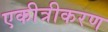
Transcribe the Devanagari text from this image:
एकीत्रीकरण